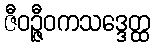
ဇီဝဉ္ဇီဝကသဒ္ဒေတ္ထ